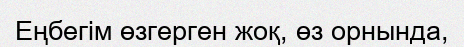
Еңбегім өзгерген жоқ, өз орнында,